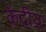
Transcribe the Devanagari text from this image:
केंद्रीय़